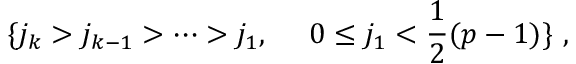
\{ j _ { k } > j _ { k - 1 } > \cdots > j _ { 1 } , ~ ~ ~ ~ 0 \leq j _ { 1 } < \frac { 1 } { 2 } ( p - 1 ) \} ~ ,